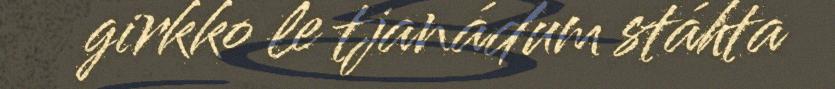
girkko le tjanádum stáhta